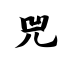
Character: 兕